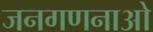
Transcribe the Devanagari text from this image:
जनगणनाओ